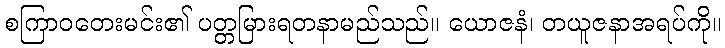
စကြာဝတေးမင်း၏ ပတ္တမြားရတနာမည်သည်။ ယောဇနံ၊ တယူဇနာအရပ်ကို။